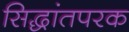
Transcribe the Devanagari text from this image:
सिद्धांतपरक